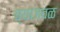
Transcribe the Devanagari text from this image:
च्याजवळ